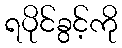
ရပိုင်ခွင့်ကို